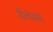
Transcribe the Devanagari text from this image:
डीजेडओ